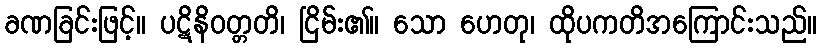
ခဏခြင်းဖြင့်။ ပဋိနိဝတ္တတိ၊ ငြိမ်း၏။ သော ဟေတု၊ ထိုပကတိအကြောင်းသည်။